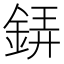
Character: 𲇎